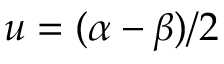
u = ( \alpha - \beta ) / 2